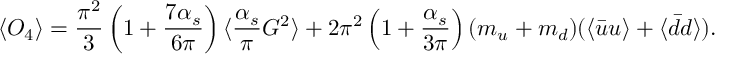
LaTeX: \langle { \cal O } _ { 4 } \rangle = \frac { \pi ^ { 2 } } 3 \left( 1 + \frac { 7 \alpha _ { s } } { 6 \pi } \right) \langle \frac { \alpha _ { s } } \pi G ^ { 2 } \rangle + 2 \pi ^ { 2 } \left( 1 + \frac { \alpha _ { s } } { 3 \pi } \right) ( m _ { u } + m _ { d } ) ( \langle \bar { u } u \rangle + \langle \bar { d } d \rangle ) .